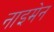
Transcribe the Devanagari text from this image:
नाइमेन